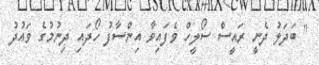
" ބަދަލު ދެނީ ރައީސް ސޯލީހް ވެފައިވާ އިންސާފު ހޯދައި ދިނުމުގެ ވައުދު